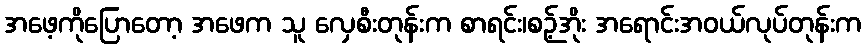
အဖေ့ကိုပြောတော့ အဖေက သူ လှေစီးတုန်းက စာရင်း၊စဉ့်အိုး အရောင်းအဝယ်လုပ်တုန်းက